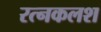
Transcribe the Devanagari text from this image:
रत्‍नकलश